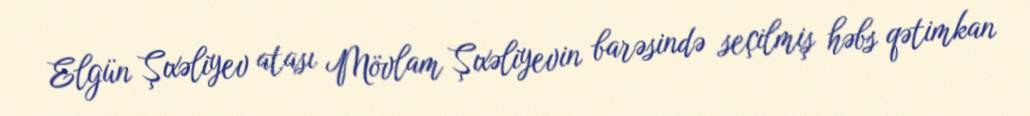
Elgün Şıxəliyev atası Mövlam Şıxəliyevin barəsində seçilmiş həbs qətimkan